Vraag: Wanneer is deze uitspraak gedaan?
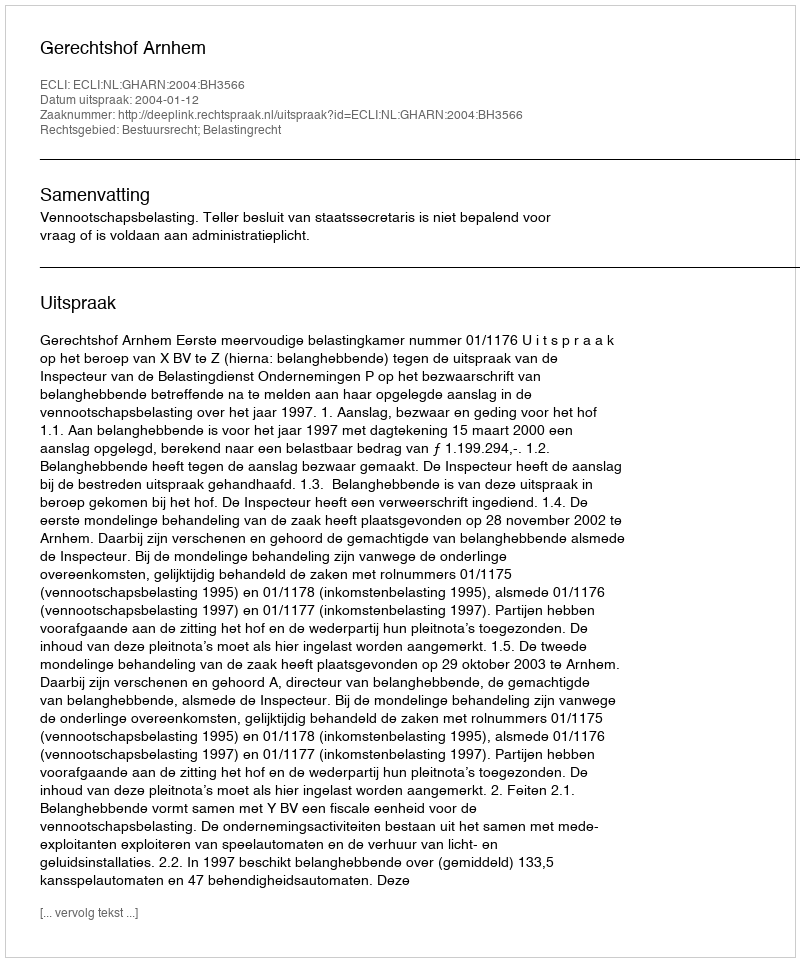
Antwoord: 2004-01-12